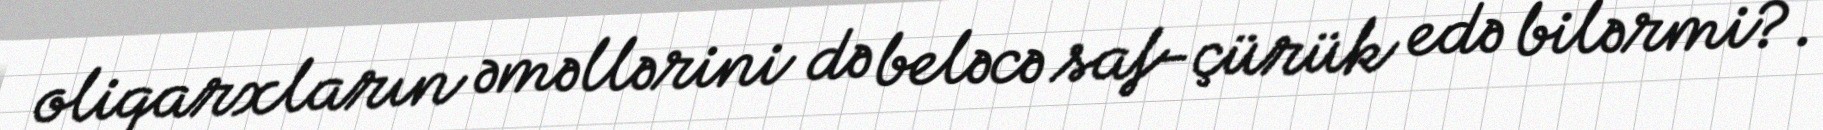
oliqarxların əməllərini də beləcə saf-çürük edə bilərmi?.